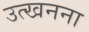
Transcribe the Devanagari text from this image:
उत्खनना